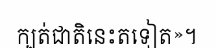
ក្បត់ជាតិនេះតទៀត»។